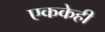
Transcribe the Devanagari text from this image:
एककेही